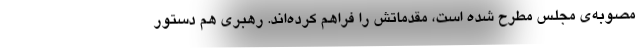
مصوبه‌ی مجلس مطرح شده است، مقدماتش را فراهم کرده‌اند. رهبری هم دستور